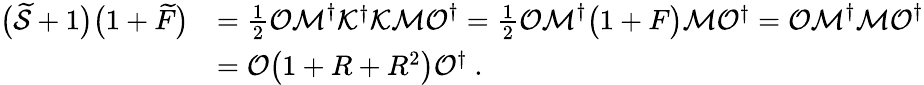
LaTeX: \begin{array}{rl}{\big(\widetilde{\mathcal{S}}+1\big)\big(1+\widetilde{F}\big)}&{=\frac 12\mathcal{OM}^{\dagger}\mathcal{K}^{\dagger}\mathcal{KMO}^{\dagger}=\frac 12\mathcal{OM}^{\dagger}\big(1+F\big)\mathcal{M}\mathcal{O}^{\dagger}=\mathcal{OM}^{\dagger}\mathcal{MO}^{\dagger}}\\ &{=\mathcal{O}\big(1+R+R^{2}\big)\mathcal{O}^{\dagger}\ .}\end{array}